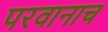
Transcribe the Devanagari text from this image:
परवानाच